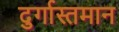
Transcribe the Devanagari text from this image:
दुर्गास्तमान